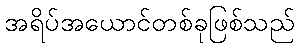
အရိပ်အယောင်တစ်ခုဖြစ်သည်